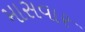
માસવાર